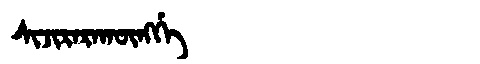
Manchu: ᠰᡳᠵᡳᡵᠠᡵᠠᡴᡡᠩᡤᡝ
Romanization: SIJIRARAKŪNGGE